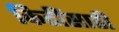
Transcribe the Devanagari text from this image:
किडींसाठी